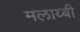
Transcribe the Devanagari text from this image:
मलाय्बी